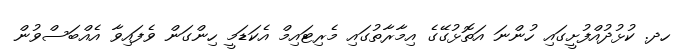
ހދ. ކުޅުދުއްފުށީގައި ހުންނަ އަތޮޅުގޭގެ އިމާރާތުގައި މެރިޓައިމް އެކަޑަމީ ހިންގަން ވެފައިވާ އެއްބަސްވުން